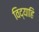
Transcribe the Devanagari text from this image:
विद्याहि